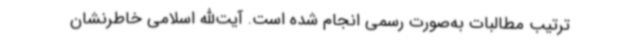
ترتیب مطالبات به‌صورت رسمی انجام شده است. آیت‌الله اسلامی خاطرنشان